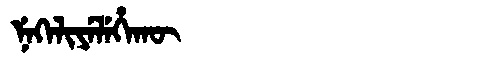
Manchu: ᠨᡝᡴᡝᠯᡳᠶᡝᠯᡝᡥᠠᡴᡡ
Romanization: NEKELIYELEHAKŪ